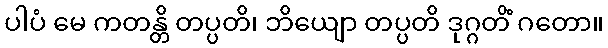
ပါပံ မေ ကတန္တိ တပ္ပတိ၊ ဘိယျော တပ္ပတိ ဒုဂ္ဂတိံ ဂတော။